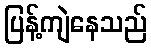
ပြန့်ကျဲနေသည်